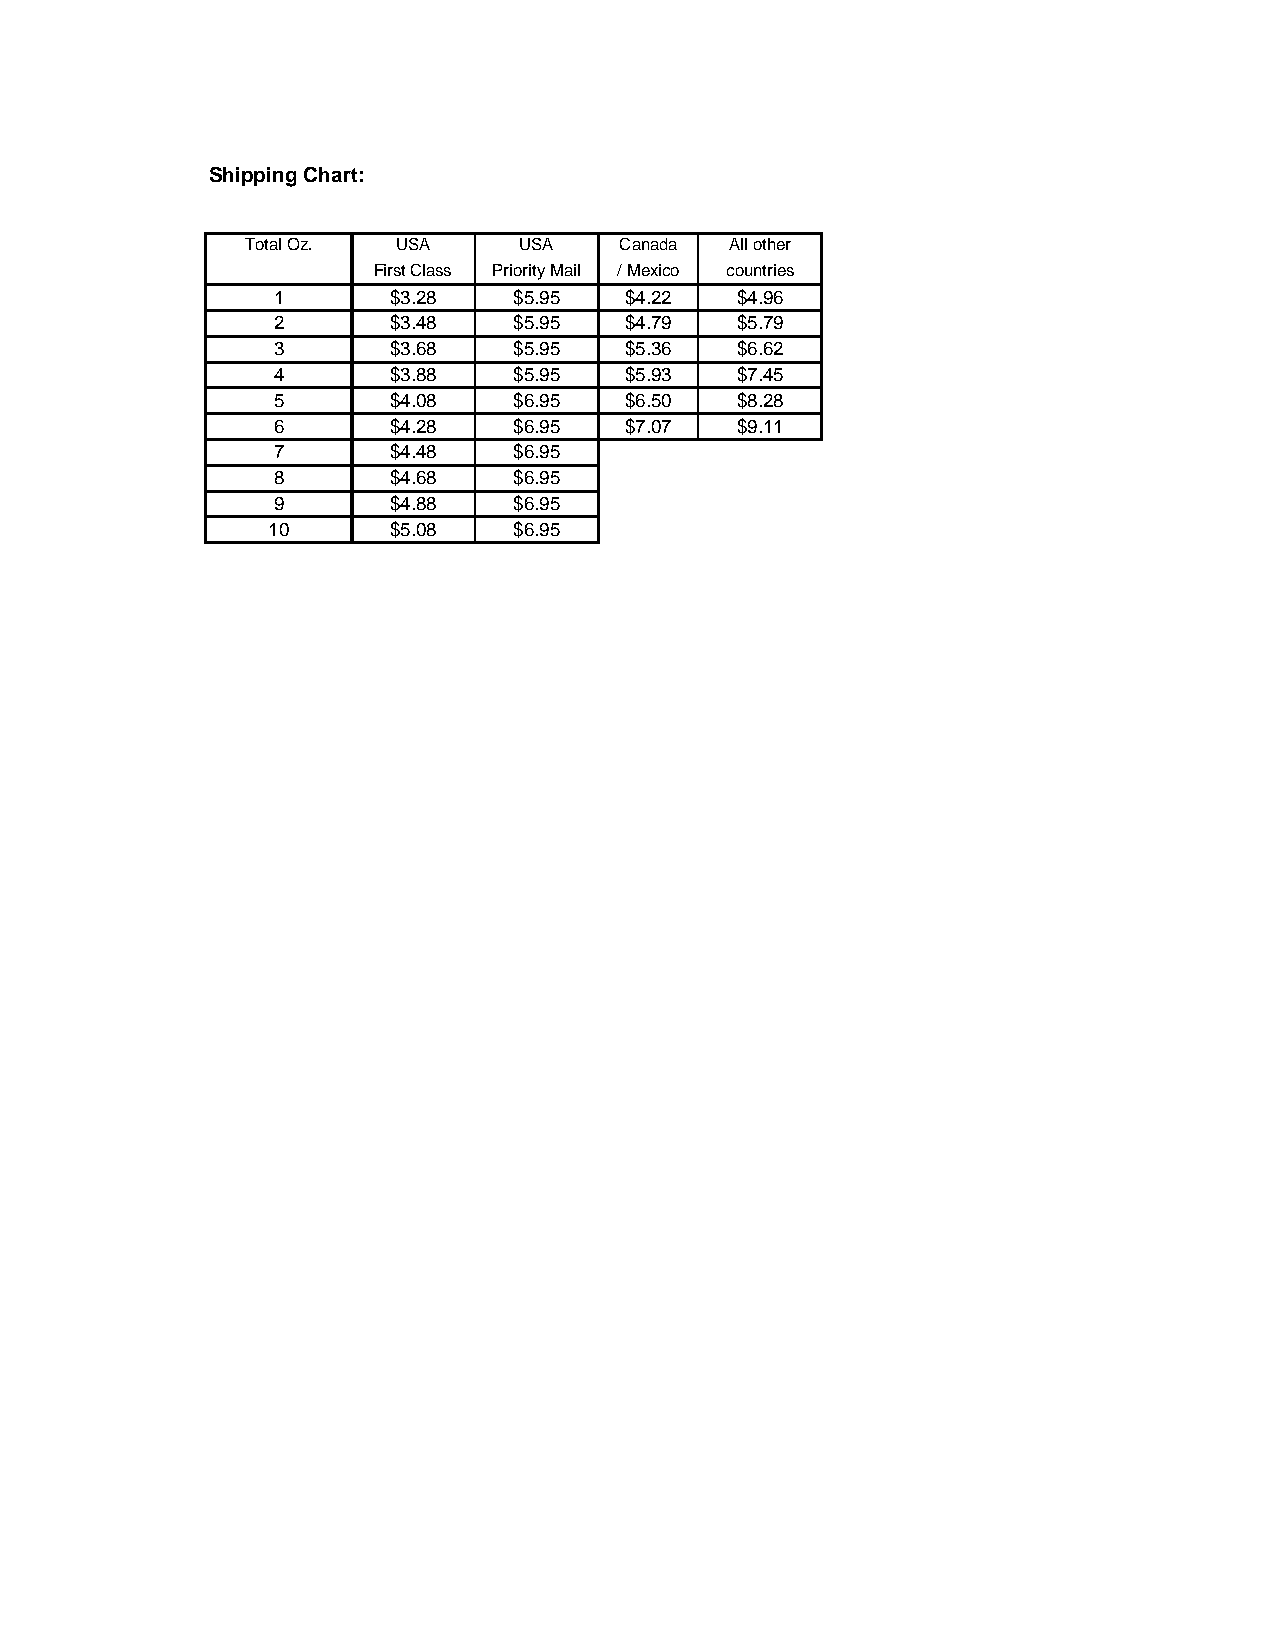
Shipping Chart:
 Total Oz. USA     USA    Canada All other
 First Class Priority Mail / Mexico countries
 1       $3.28   $5.95  $4.22   $4.96
 2       $3.48   $5.95  $4.79   $5.79
 3       $3.68   $5.95  $5.36   $6.62
 4       $3.88   $5.95  $5.93   $7.45
 5       $4.08   $6.95  $6.50   $8.28
 6       $4.28   $6.95  $7.07   $9.11
 7       $4.48   $6.95
 8       $4.68   $6.95
 9       $4.88   $6.95
 10      $5.08   $6.95